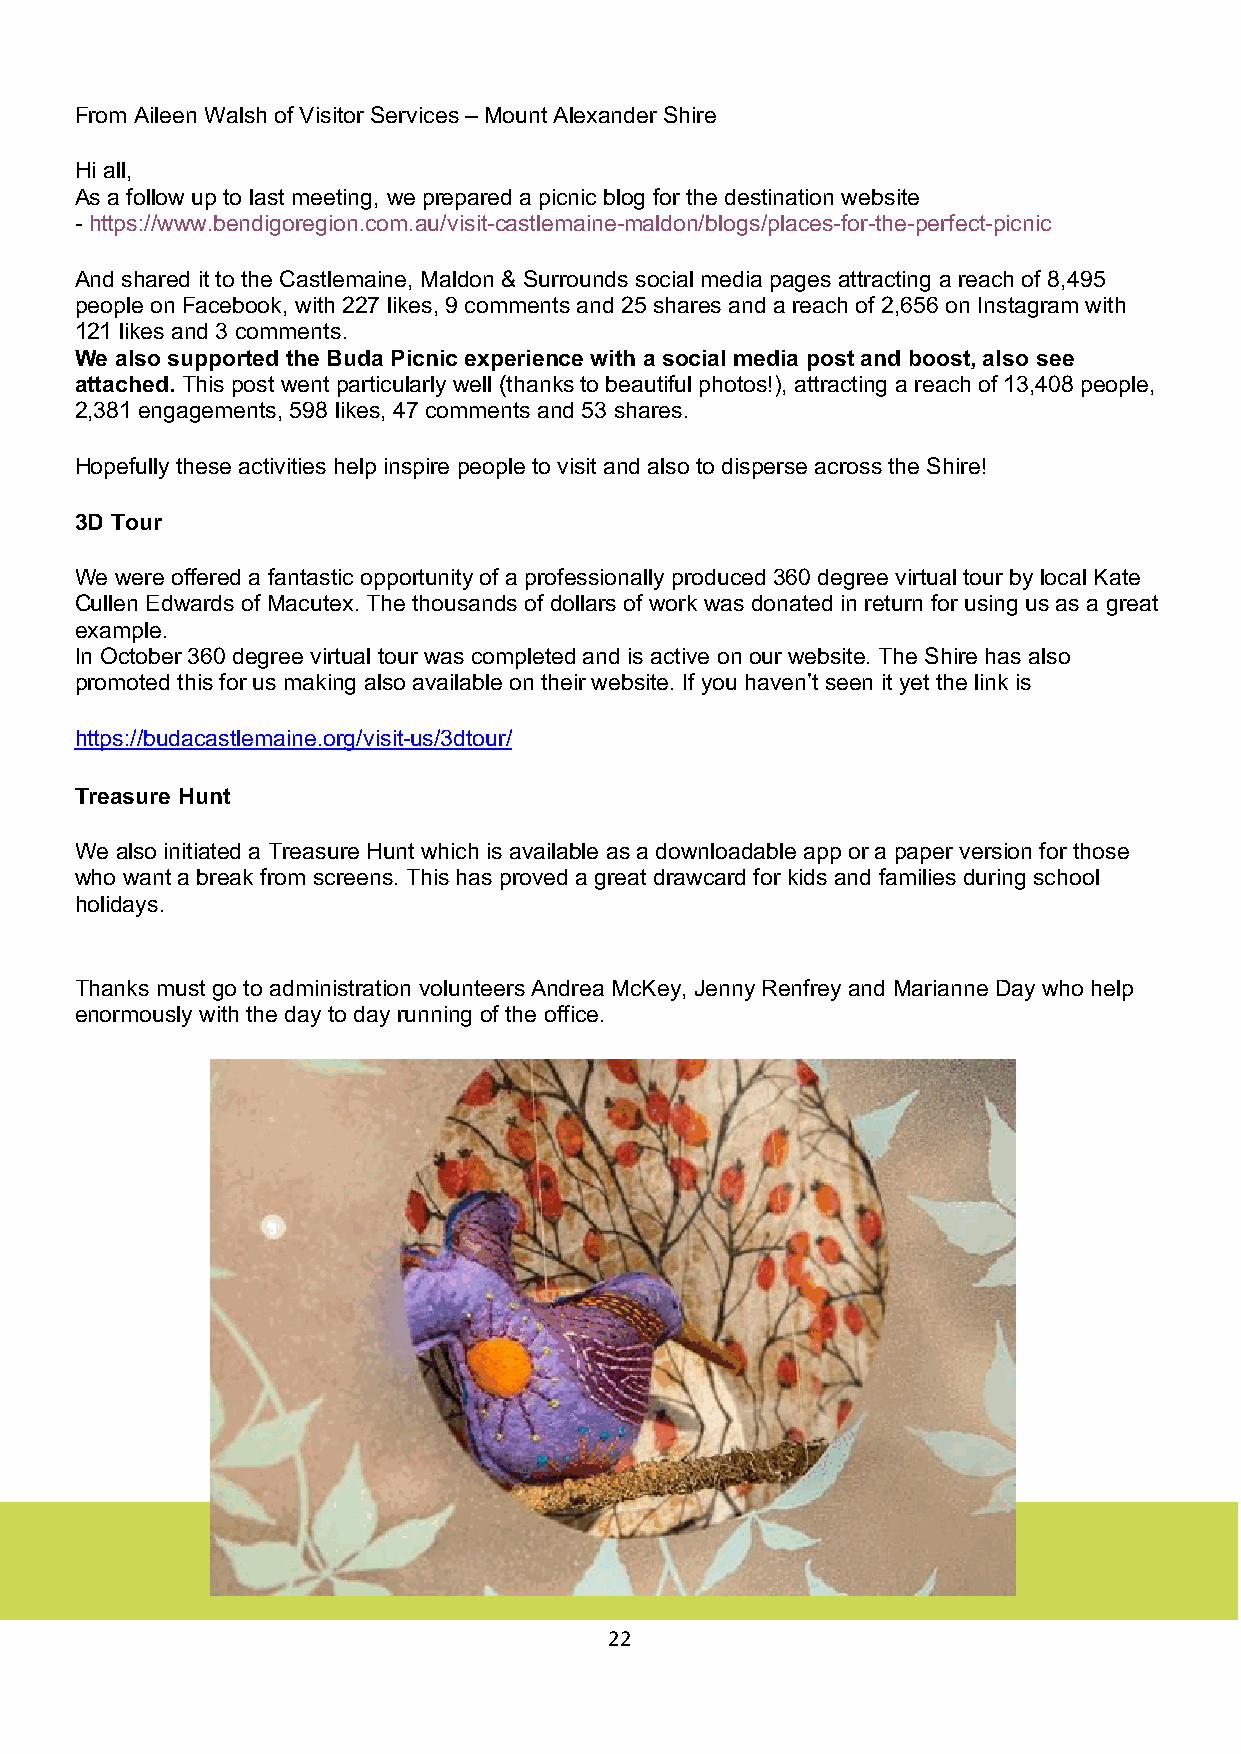
From Aileen Walsh of Visitor Services – Mount Alexander Shire
 Hi all,
 As a follow up to last meeting, we prepared a picnic blog for the destination website
 - https://www.bendigoregion.com.au/visit-castlemaine-maldon/blogs/places-for-the-perfect-picnic
 And shared it to the Castlemaine, Maldon & Surrounds social media pages attracting a reach of 8,495
 people on Facebook, with 227 likes, 9 comments and 25 shares and a reach of 2,656 on Instagram with
 121 likes and 3 comments.
 We also supported the Buda Picnic experience with a social media post and boost, also see
 attached. This post went particularly well (thanks to beautiful photos!), attracting a reach of 13,408 people,
 2,381 engagements, 598 likes, 47 comments and 53 shares.
 Hopefully these activities help inspire people to visit and also to disperse across the Shire!
 3D Tour
 We were offered a fantastic opportunity of a professionally produced 360 degree virtual tour by local Kate
 Cullen Edwards of Macutex. The thousands of dollars of work was donated in return for using us as a great
 example.
 In October 360 degree virtual tour was completed and is active on our website. The Shire has also
 promoted this for us making also available on their website. If you haven’t seen it yet the link is
 https://budacastlemaine.org/visit-us/3dtour/
 Treasure Hunt
 We also initiated a Treasure Hunt which is available as a downloadable app or a paper version for those
 who want a break from screens. This has proved a great drawcard for kids and families during school
 holidays.
 Thanks must go to administration volunteers Andrea McKey, Jenny Renfrey and Marianne Day who help
 enormously with the day to day running of the office.
 22